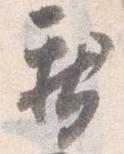
新